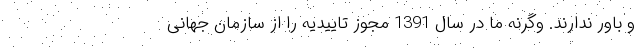
و باور ندارند. وگرنه ما در سال 1391 مجوز تاییدیه را از سازمان جهانی